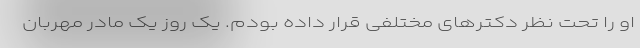
او را تحت نظر دکتر‌های مختلفی قرار داده بودم. یک روز یک مادر مهربان